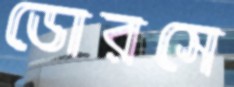
ডোরসে